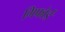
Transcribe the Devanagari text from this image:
गिफोर्ड